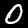
Digit: 0